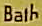
Bath